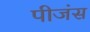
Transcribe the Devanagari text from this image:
पीजंस